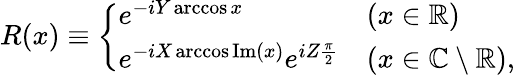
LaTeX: R(x)\equiv\left\{ \begin{array}{ll}{e^{-iY\operatorname{arccos}x}}&{(x\in\mathbb{R})}\\ {e^{-iX\operatorname{arccos}\mathrm{Im}(x)}e^{iZ\frac{\pi}{2}}}&{(x\in\mathbb{C}\setminus\mathbb{R}),}\end{array}\right.